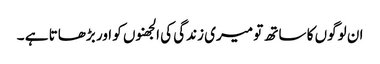
ان لوگوں کا ساتھ تو میری زندگی کی الجھنوں کو اور بڑھاتا ہے ۔